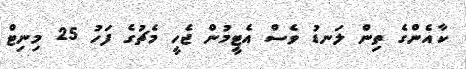
ކާއެންގެ ތިން ލަނޑު ވެސް އެޓީމުން ޖެހީ މެޗުގެ ފަހު 25 މިނިޓް